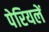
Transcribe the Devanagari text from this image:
पेरियलें